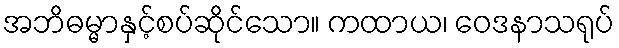
အဘိဓမ္မာနှင့်စပ်ဆိုင်သော။ ကထာယ၊ ဝေဒနာသရုပ်